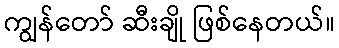
ကျွန်တော် ဆီးချို ဖြစ်နေတယ်။